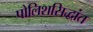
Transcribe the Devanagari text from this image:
पोलिशसिद्धांत